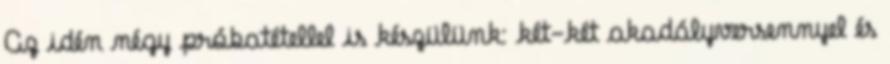
Az idén négy próbatétellel is készülünk: két-két akadályversennyel és